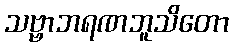
သဗ္ဗာဘရဏဘူသိတော